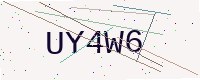
Text: UY4W6